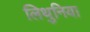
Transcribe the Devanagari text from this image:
लिथुनिया